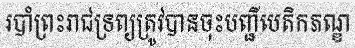
របាំព្រះរាជទ្រព្យត្រូវបានចុះបញ្ជីបេតិកភណ្ឌ